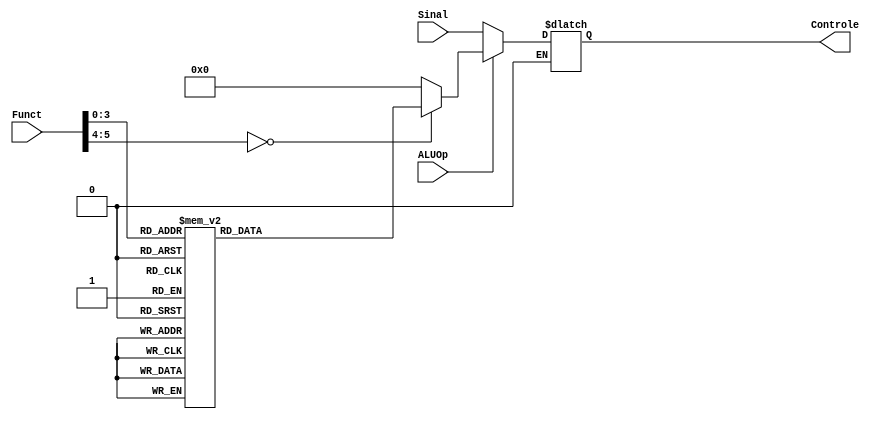
module Alu_Control (Funct, ALUOp, Sinal, Controle);
	input [5:0] Funct;
	input ALUOp;
	input [5:0] Sinal;
	
	output reg [5:0] Controle;
	
	
	always @ (Funct, ALUOp, Sinal)
	begin
	
		if (ALUOp == 1) //abrir para cada caso de funct
		begin
			
			case (Funct)

				6'b000000 : begin //add
					Controle = 6'b000000;
				end
				
				6'b000001 : begin //addu
					Controle = 6'b000000;
				end
				
				6'b000010 : begin //AND
					Controle = 6'b000001;
				end
				
				6'b000011 : begin //div
					Controle = 6'b000010;
				end
				
				6'b000100 : begin //divu
					Controle = 6'b000010;
				end
				
				6'b000101 : begin //mult
					Controle = 6'b000011;
				end
				
				6'b000110 : begin //nor
					Controle = 6'b000110;
				end
				
				6'b000111 : begin //xor
					Controle = 6'b000111;
				end
				
				6'b001000 : begin //or
					Controle = 6'b000101;
				end
				
				6'b001001 : begin //slt
					Controle = 6'b001000;
				end
				
				6'b001010 : begin //sub
					Controle = 6'b000100;
				end
				
				6'b001011 : begin //subu
					Controle = 6'b000100;
				end
				
				
				default: begin
					Controle = 6'b000000;
				end
			endcase
		
		end
		
		if (ALUOp == 0)
		begin
			Controle = Sinal;
		end
	
	end
	
	
endmodule